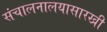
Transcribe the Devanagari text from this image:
संचालनालयासारखी